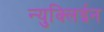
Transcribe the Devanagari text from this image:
न्युक्लिईन